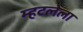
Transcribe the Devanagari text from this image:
म्हटलेला